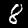
Label: 8